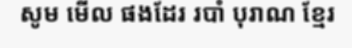
សូម មើល ផងដែរ របាំ បុរាណ ខ្មែរ